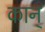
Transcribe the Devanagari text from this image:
कान्‌